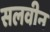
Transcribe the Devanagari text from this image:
सलवीन